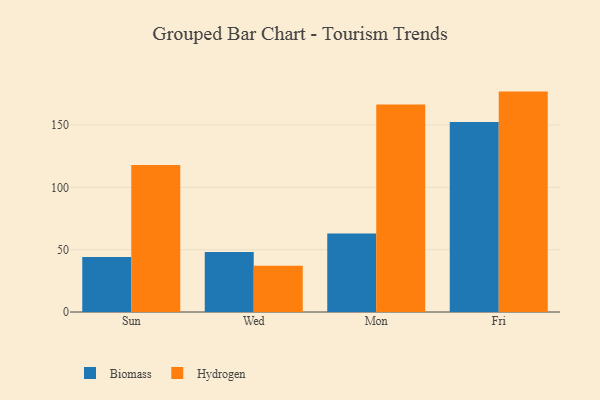
{"axis": {"x": "Day", "y": "Bounce Rate (%)"}, "legend": ["Biomass", "Hydrogen"], "data": [{"x": "Sun", "y": 44.2, "type": "Biomass"}, {"x": "Sun", "y": 117.9, "type": "Hydrogen"}, {"x": "Wed", "y": 48.2, "type": "Biomass"}, {"x": "Wed", "y": 37.2, "type": "Hydrogen"}, {"x": "Mon", "y": 63.0, "type": "Biomass"}, {"x": "Mon", "y": 166.5, "type": "Hydrogen"}, {"x": "Fri", "y": 152.5, "type": "Biomass"}, {"x": "Fri", "y": 176.9, "type": "Hydrogen"}]}